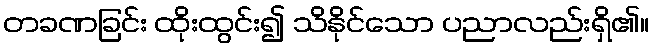
တခဏခြင်း ထိုးထွင်း၍ သိနိုင်သော ပညာလည်းရှိ၏။